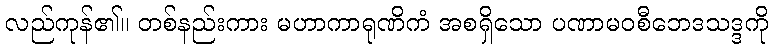
လည်ကုန်၏။ တစ်နည်းကား မဟာကာရုဏိကံ အစရှိသော ပဏာမဝစီဘေဒသဒ္ဒကို